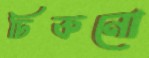
ঢিকনো